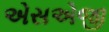
એસએજી